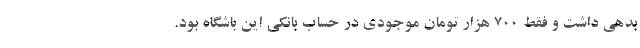
بدهی داشت و فقط 700 هزار تومان موجودی در حساب بانکی این باشگاه بود.